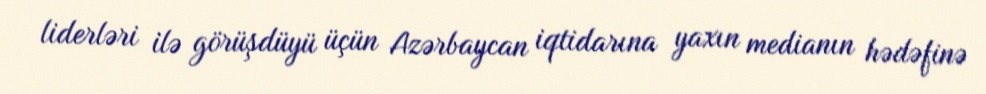
liderləri ilə görüşdüyü üçün Azərbaycan iqtidarına yaxın medianın hədəfinə